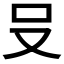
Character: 𪠲